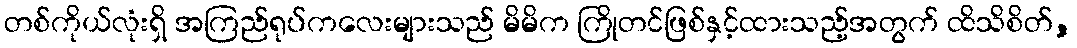
တစ်ကိုယ်လုံးရှိ အကြည်ရုပ်ကလေးများသည် မိမိက ကြိုတင်ဖြစ်နှင့်ထားသည့်အတွက် ထိသိစိတ်,